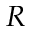
R